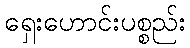
ရှေးဟောင်းပစ္စည်း